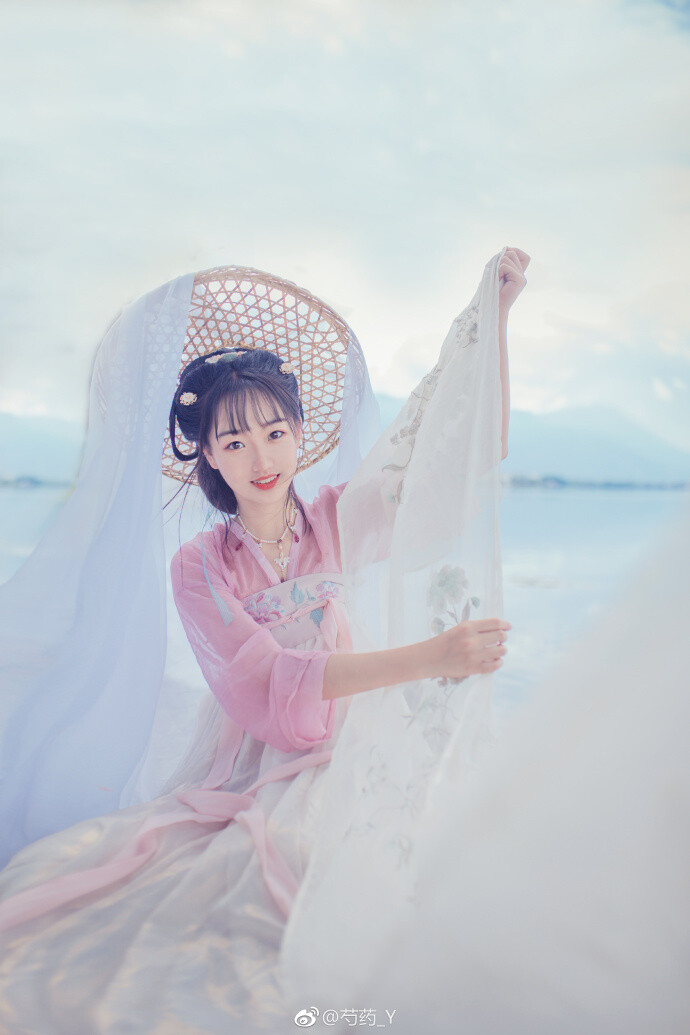
晓风催我挂帆行，绿涨春芜岸欲平。